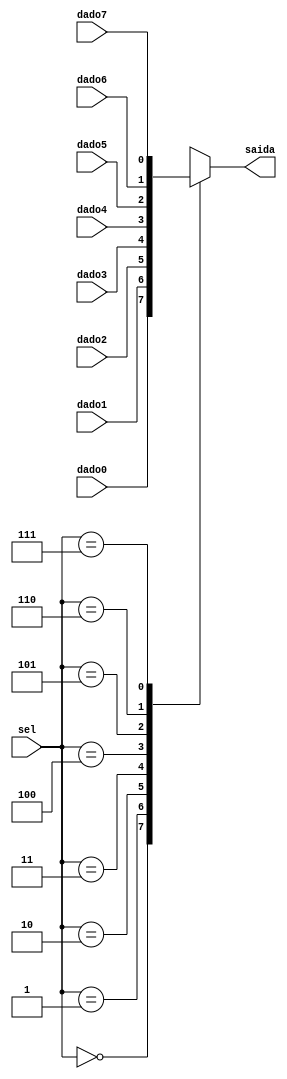
module mux1_8a(
	input [2:0] sel,
	input dado0,dado1,dado2,dado3,dado4,dado5,dado6,dado7,
	output saida
	);
	
	always @(*)
		case (sel)
			3'b000: saida = dado0;
			3'b001: saida = dado1;
			3'b010: saida = dado2;
			3'b011: saida = dado3;
			3'b100: saida = dado4;
			3'b101: saida = dado5;
			3'b110: saida = dado6;
			3'b111: saida = dado7;
			default: saida = 1'b0;
		endcase
			
endmodule